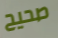
صحيح